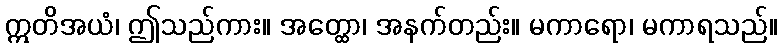
ဣတိအယံ၊ ဤသည်ကား။ အတ္ထော၊ အနက်တည်း။ မကာရော၊ မကာရသည်။